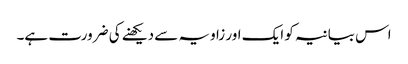
اس بیانیہ کو ایک اور زاویہ سے دیکھنے کی ضرورت ہے۔